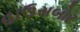
હાઉસબોટ